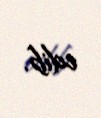
edib.